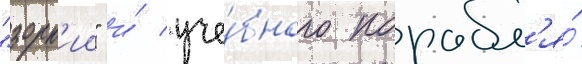
"зорк'ии" и́ уче́бного корабл'я́